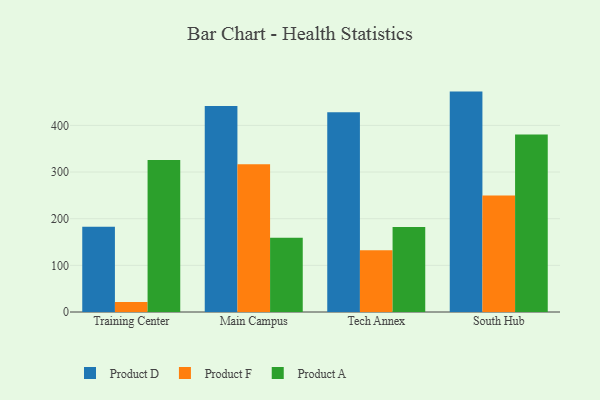
{"axis": {"x": "Campus", "y": "Net Income (USD K)"}, "legend": ["Product A", "Product D", "Product F"], "data": [{"x": "Training Center", "y": 182.7, "type": "Product D"}, {"x": "Training Center", "y": 21.3, "type": "Product F"}, {"x": "Training Center", "y": 326.0, "type": "Product A"}, {"x": "Main Campus", "y": 441.4, "type": "Product D"}, {"x": "Main Campus", "y": 316.5, "type": "Product F"}, {"x": "Main Campus", "y": 159.2, "type": "Product A"}, {"x": "Tech Annex", "y": 428.1, "type": "Product D"}, {"x": "Tech Annex", "y": 132.2, "type": "Product F"}, {"x": "Tech Annex", "y": 182.4, "type": "Product A"}, {"x": "South Hub", "y": 472.4, "type": "Product D"}, {"x": "South Hub", "y": 249.8, "type": "Product F"}, {"x": "South Hub", "y": 380.6, "type": "Product A"}]}